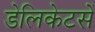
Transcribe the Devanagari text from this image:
डेलिकेटसें